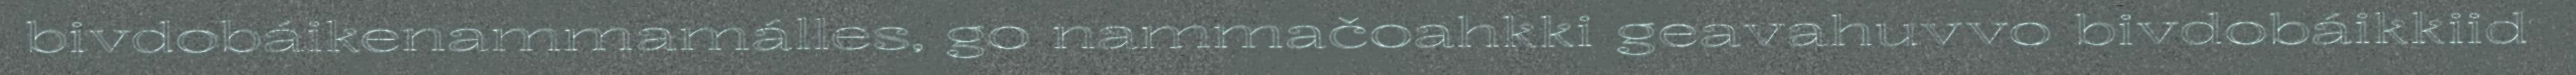
bivdobáikenammamálles, go nammačoahkki geavahuvvo bivdobáikkiid